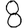
Digit: 8